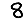
Digit: 8